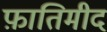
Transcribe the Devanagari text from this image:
फ़ातिमीद